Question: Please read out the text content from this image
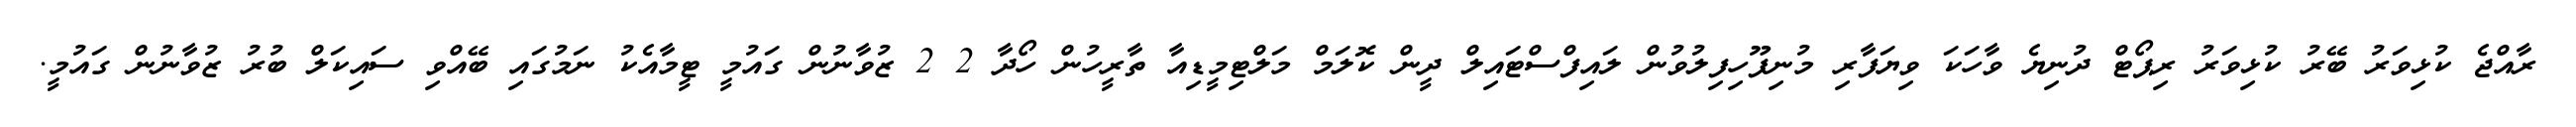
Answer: ރާއްޖެ ކުޅިވަރު ބޭރު ކުޅިވަރު ރިޕޯޓް ދުނިޔެ ވާހަކަ ވިޔަފާރި މުނިފޫހިފިލުވުން ލައިފްސްޓައިލް ދީން ކޮލަމް މަލްޓިމީޑިއާ ތާރީހުން ހޯދާ 2 2 ޒުވާނުން ގައުމީ ޓީމާއެކު ނަމުގައި ބޭއްވި ސައިކަލް ބުރު ޒުވާނުން ގައުމީ.